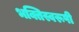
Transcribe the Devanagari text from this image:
भक्तिस्वरूपी